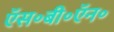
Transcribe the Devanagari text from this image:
ऍस॰बी॰ऍन॰